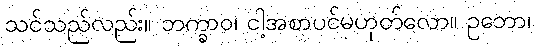
သင်သည်လည်း။ ဘက္ခာဝ၊ ငါ့အစာပင်မဟုတ်လော။ ဥဘော၊